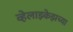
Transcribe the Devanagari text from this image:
व्हेलाझ्केझच्या